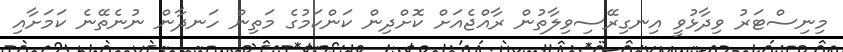
މިނިސްޓަރު ވިދާޅުވީ އިނގިރޭސިވިލާތުން ރާއްޖެއަށް ކޮށްދިން ކަންކަމުގެ މަތިން ހަނދާން ނުނެތޭނެ ކަމަށާއި